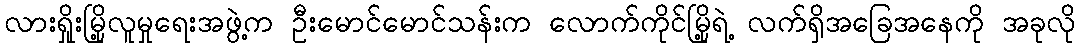
လားရှိုးမြို့လူမှုရေးအဖွဲ့က ဦးမောင်မောင်သန်းက လောက်ကိုင်မြို့ရဲ့ လက်ရှိအခြေအနေကို အခုလို